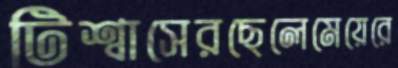
টিশ্বাসেরছেলেমেয়েরে